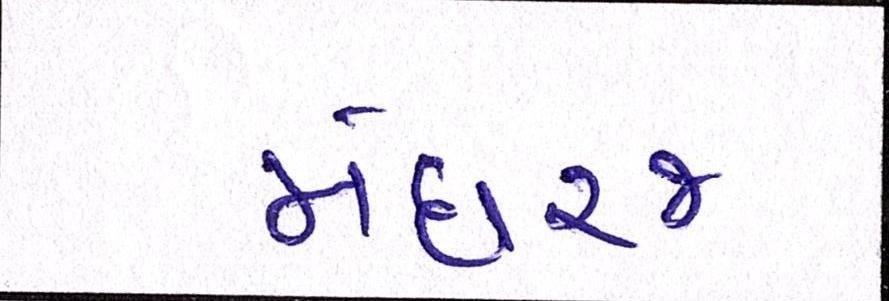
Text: મેઘરજ